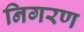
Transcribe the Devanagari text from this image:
निगरण